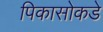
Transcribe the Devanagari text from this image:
पिकासोकडे